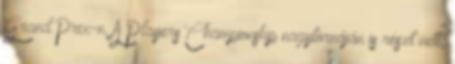
Grand Prix-n. A Players Championship nagytornáján is részt vett,